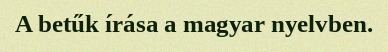
A betűk írása a magyar nyelvben.